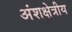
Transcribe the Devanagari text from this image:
अंशक्षेत्रीय